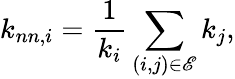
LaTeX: k_{nn,i}=\frac{1}{k_{i}}\sum_{(i,j)\in\mathscr{E}}k_{j},